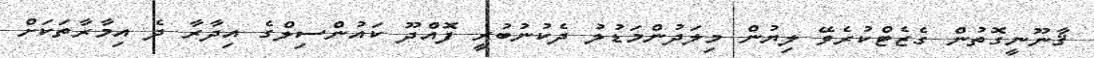
ޤާނޫނީގޮތުން ގެޒެޓްކުރެވޭ ލިޔުން މިލަދުންމަޑުލު ދެކުނުބުރީ ފޮއްދޫ ކައުންސިލްގެ އިދާރާ ދެ އިމާރާތަކަށް